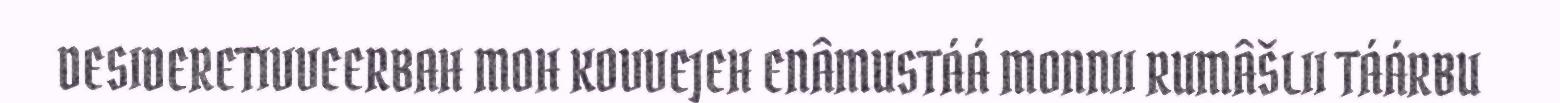
DESIDERETIVVEERBAH MOH KOVVEJEH ENÂMUSTÁÁ MONNII RUMÂŠLII TÁÁRBU